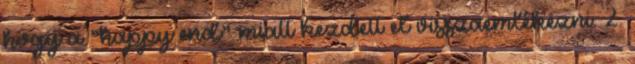
hogy a “happy end” miatt kezdett el visszaemlékezni. 2.